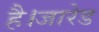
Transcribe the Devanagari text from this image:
है।जारेड